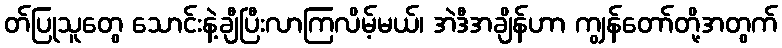
တ်ပြုသူတွေ သောင်းနဲ့ချီပြီးလာကြလိမ့်မယ်၊ အဲဒီအချိန်ဟာ ကျွန်တော်တို့အတွက်